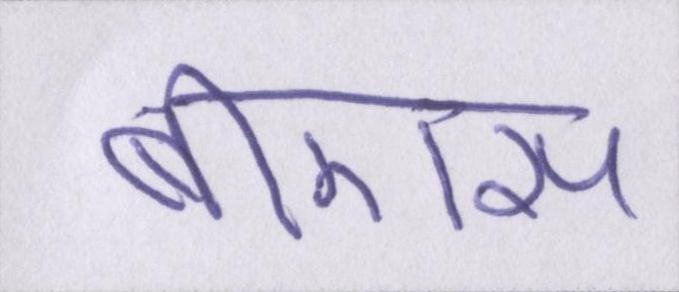
बीएस